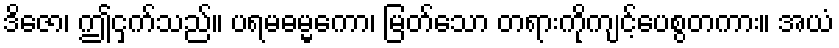
ဒိဇော၊ ဤငှက်သည်။ ပရမဓမ္မကော၊ မြတ်သော တရားကိုကျင့်ပေစွတကား။ အယံ